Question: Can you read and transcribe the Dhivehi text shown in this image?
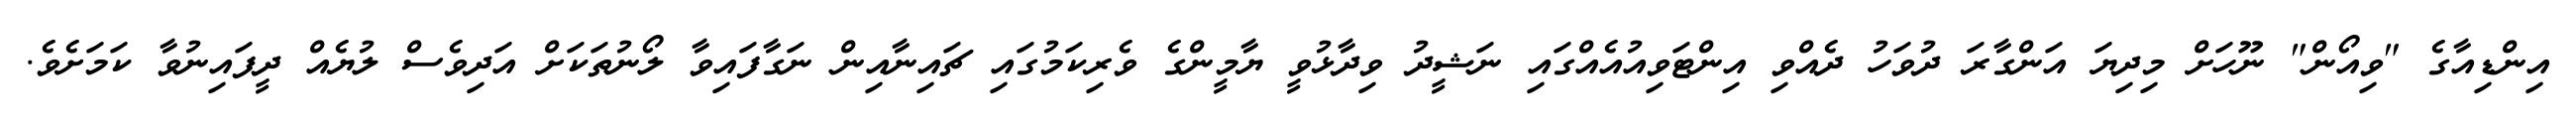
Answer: އިންޑިއާގެ "ވިއޯން" ނޫހަށް މިދިޔަ އަންގާރަ ދުވަހު ދެއްވި އިންޓަވިއުއެއްގައި ނަޝީދު ވިދާޅުވީ ޔާމީންގެ ވެރިކަމުގައި ޗައިނާއިން ނަގާފައިވާ ލޯނުތަކަށް އަދިވެސް ލުޔެއް ދީފައިނުވާ ކަމަށެވެ.